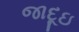
જાદૂઇ